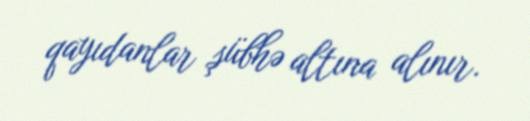
qayıdanlar şübhə altına alınır.